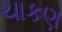
ચાકણ